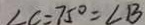
\angle C = 7 5 ^ { \circ } = \angle B